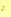
ثم